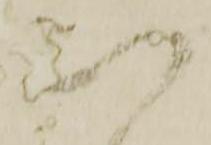
い